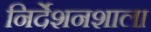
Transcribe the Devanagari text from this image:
निर्देशनशाला